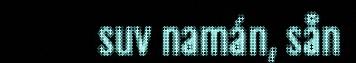
suv namán, sån